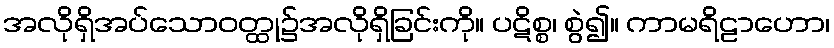
အလိုရှိအပ်သောဝတ္ထု၌အလိုရှိခြင်းကို။ ပဋိစ္စ၊ စွဲ၍။ ကာမရိဠာဟော၊